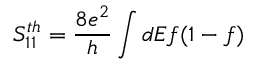
S _ { 1 1 } ^ { t h } = \frac { 8 e ^ { 2 } } { h } \int d E f ( 1 - f )